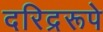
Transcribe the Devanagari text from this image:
दरिद्ररूपे